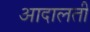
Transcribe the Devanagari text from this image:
आदालती